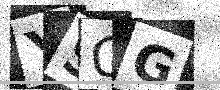
Text: YSQG